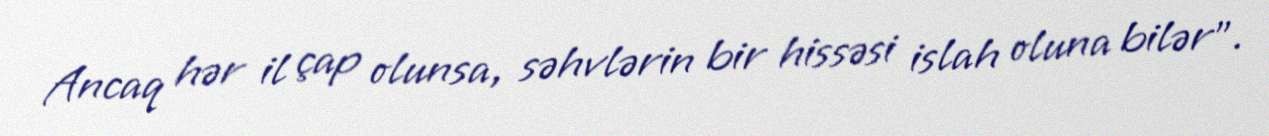
Ancaq hər il çap olunsa, səhvlərin bir hissəsi islah oluna bilər”.